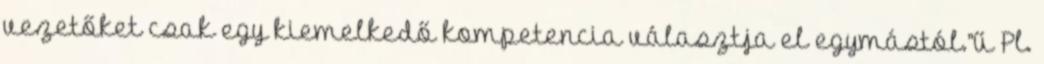
vezetőket csak egy kiemelkedő kompetencia választja el egymástól.”ű Pl.